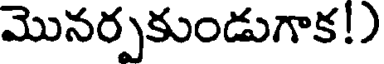
మొనర్పకుండుగాక!)